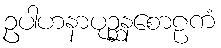
ဥပါဟနာပုဉ္ဆနစောဠကံ